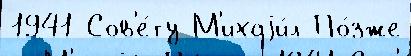
1941 Сов'е́ту М'ихаjи́л По́зже